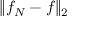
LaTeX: \| f _ { N } - f \| _ { 2 }